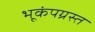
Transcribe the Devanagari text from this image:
भूकंपग्रस्त